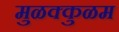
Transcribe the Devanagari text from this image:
मुळक्कुळम